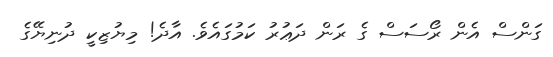
ގަންސް އެން ރޯސަސް ގެ ރަން ދަޢުރު ކަމުގައެވެ. އާދެ! މިޔުޒިކީ ދުނިޔޭގެ